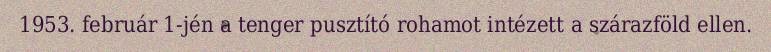
1953. február 1-jén a tenger pusztító rohamot intézett a szárazföld ellen.